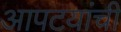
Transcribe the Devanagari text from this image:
आपटयांची